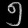
Digit: ၅